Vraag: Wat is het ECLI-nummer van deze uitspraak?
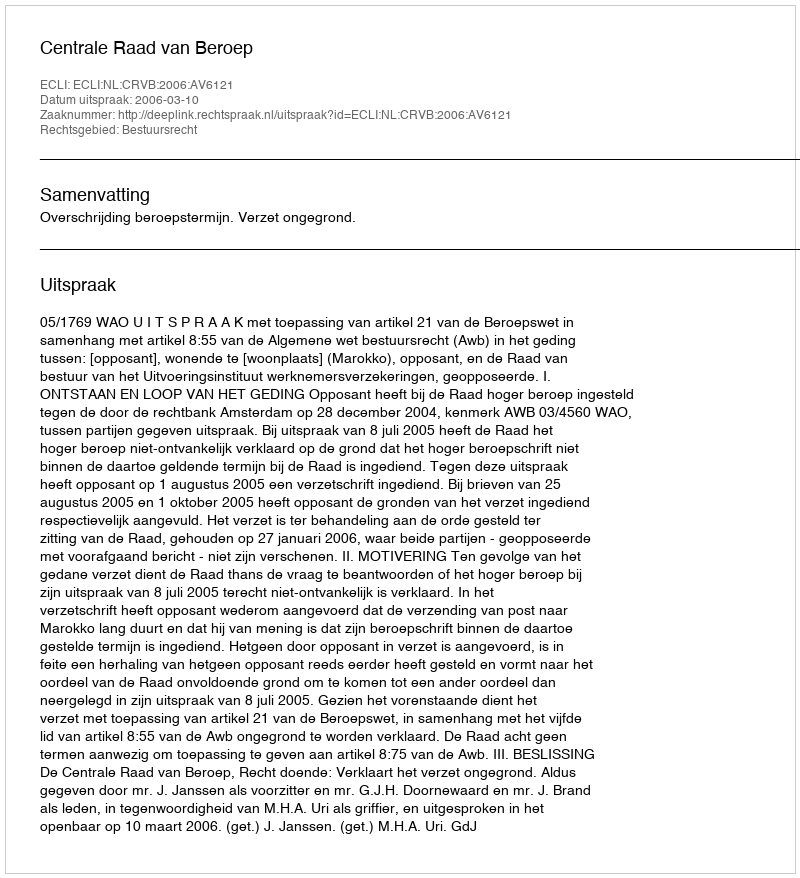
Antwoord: ECLI:NL:CRVB:2006:AV6121